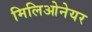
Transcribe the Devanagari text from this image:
मिलिओनेयर